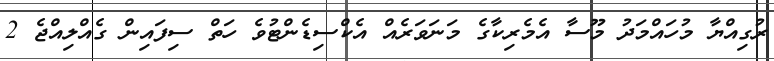
ރުގިއްޔާ މުހައްމަދު މޫސާ އެމެރިކާގެ މަނަވަރެއް އެކްސިޑެންޓުވެ ހަތް ސިފައިން ގެއްލިއްޖެ 2